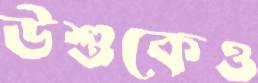
উশুকেও